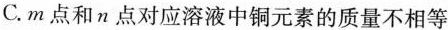
C.m点和n点对应溶液中铜元素的质量不相等